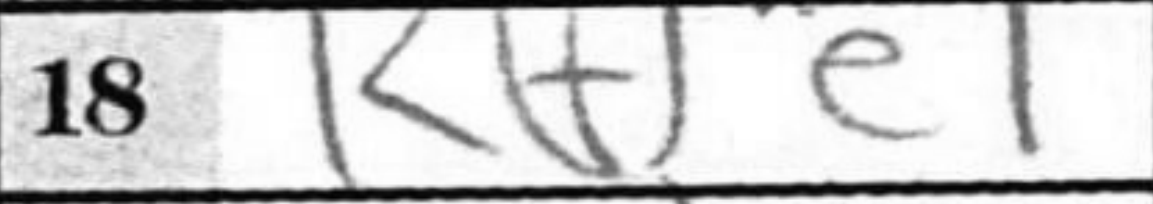
Transcription: Kfe1